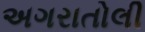
અગરાતોલી